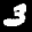
Label: 3